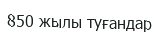
850 жылы туғандар